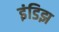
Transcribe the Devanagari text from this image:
इंडिझ